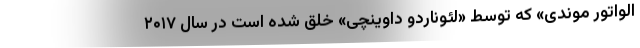
الواتور موندی» که توسط «لئوناردو داوینچی» خلق شده است در سال ۲۰۱۷